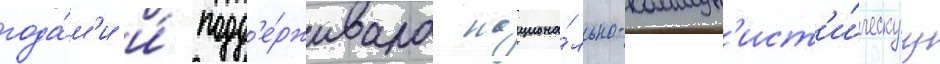
года́м'и и́ подд'е́рживала национа́льно-коммун'ист'и́ческуу